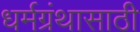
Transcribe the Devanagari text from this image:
धर्मग्रंथासाठी